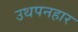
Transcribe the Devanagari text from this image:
उथपनहार